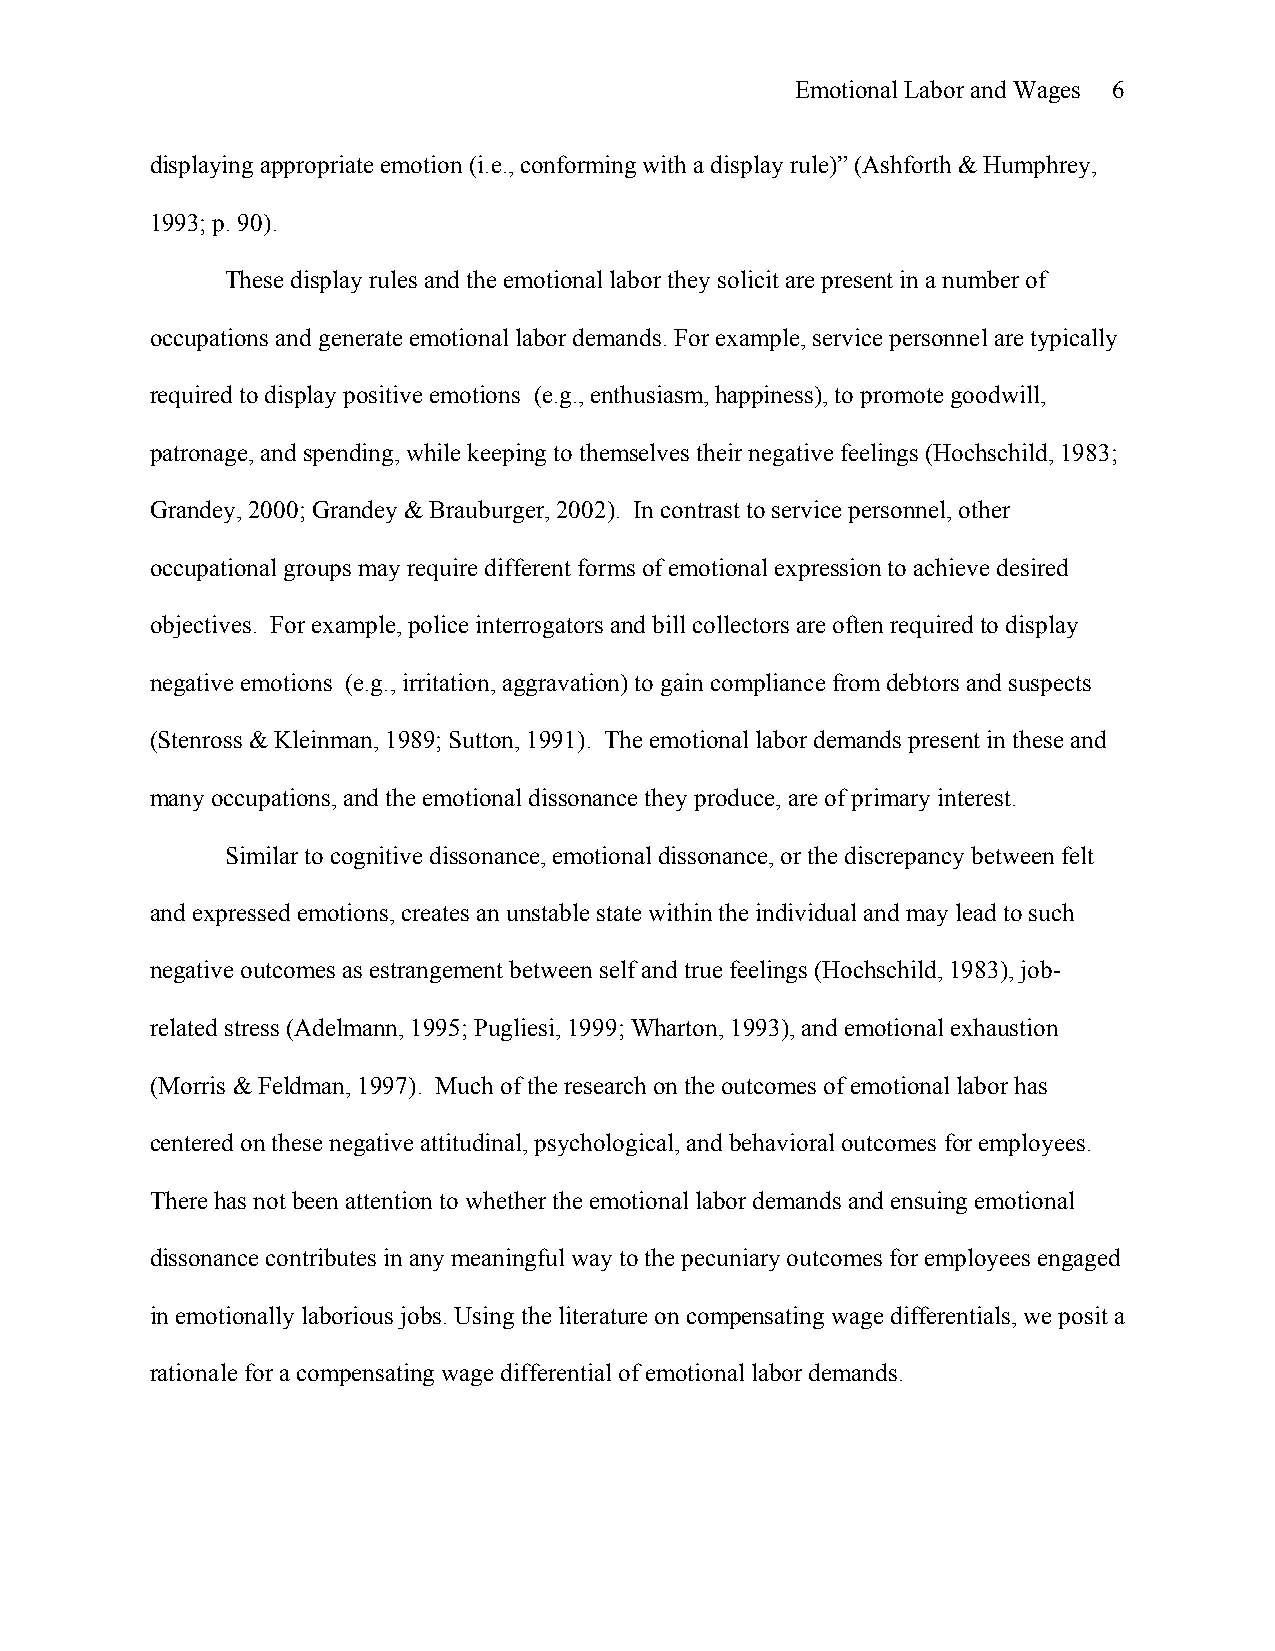
Emotional Labor and Wages 6
 displaying appropriate emotion (i.e., conforming with a display rule)” (Ashforth & Humphrey,
 1993; p. 90).
 These display rules and the emotional labor they solicit are present in a number of
 occupations and generate emotional labor demands. For example, service personnel are typically
 required to display positive emotions (e.g., enthusiasm, happiness), to promote goodwill,
 patronage, and spending, while keeping to themselves their negative feelings (Hochschild, 1983;
 Grandey, 2000; Grandey & Brauburger, 2002). In contrast to service personnel, other
 occupational groups may require different forms of emotional expression to achieve desired
 objectives. For example, police interrogators and bill collectors are often required to display
 negative emotions (e.g., irritation, aggravation) to gain compliance from debtors and suspects
 (Stenross & Kleinman, 1989; Sutton, 1991). The emotional labor demands present in these and
 many occupations, and the emotional dissonance they produce, are of primary interest.
 Similar to cognitive dissonance, emotional dissonance, or the discrepancy between felt
 and expressed emotions, creates an unstable state within the individual and may lead to such
 negative outcomes as estrangement between self and true feelings (Hochschild, 1983), job-
 related stress (Adelmann, 1995; Pugliesi, 1999; Wharton, 1993), and emotional exhaustion
 (Morris & Feldman, 1997). Much of the research on the outcomes of emotional labor has
 centered on these negative attitudinal, psychological, and behavioral outcomes for employees.
 There has not been attention to whether the emotional labor demands and ensuing emotional
 dissonance contributes in any meaningful way to the pecuniary outcomes for employees engaged
 in emotionally laborious jobs. Using the literature on compensating wage differentials, we posit a
 rationale for a compensating wage differential of emotional labor demands.